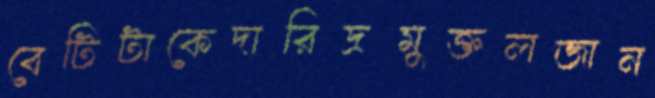
বেটিটাকেদারিদ্রমুক্তলজান